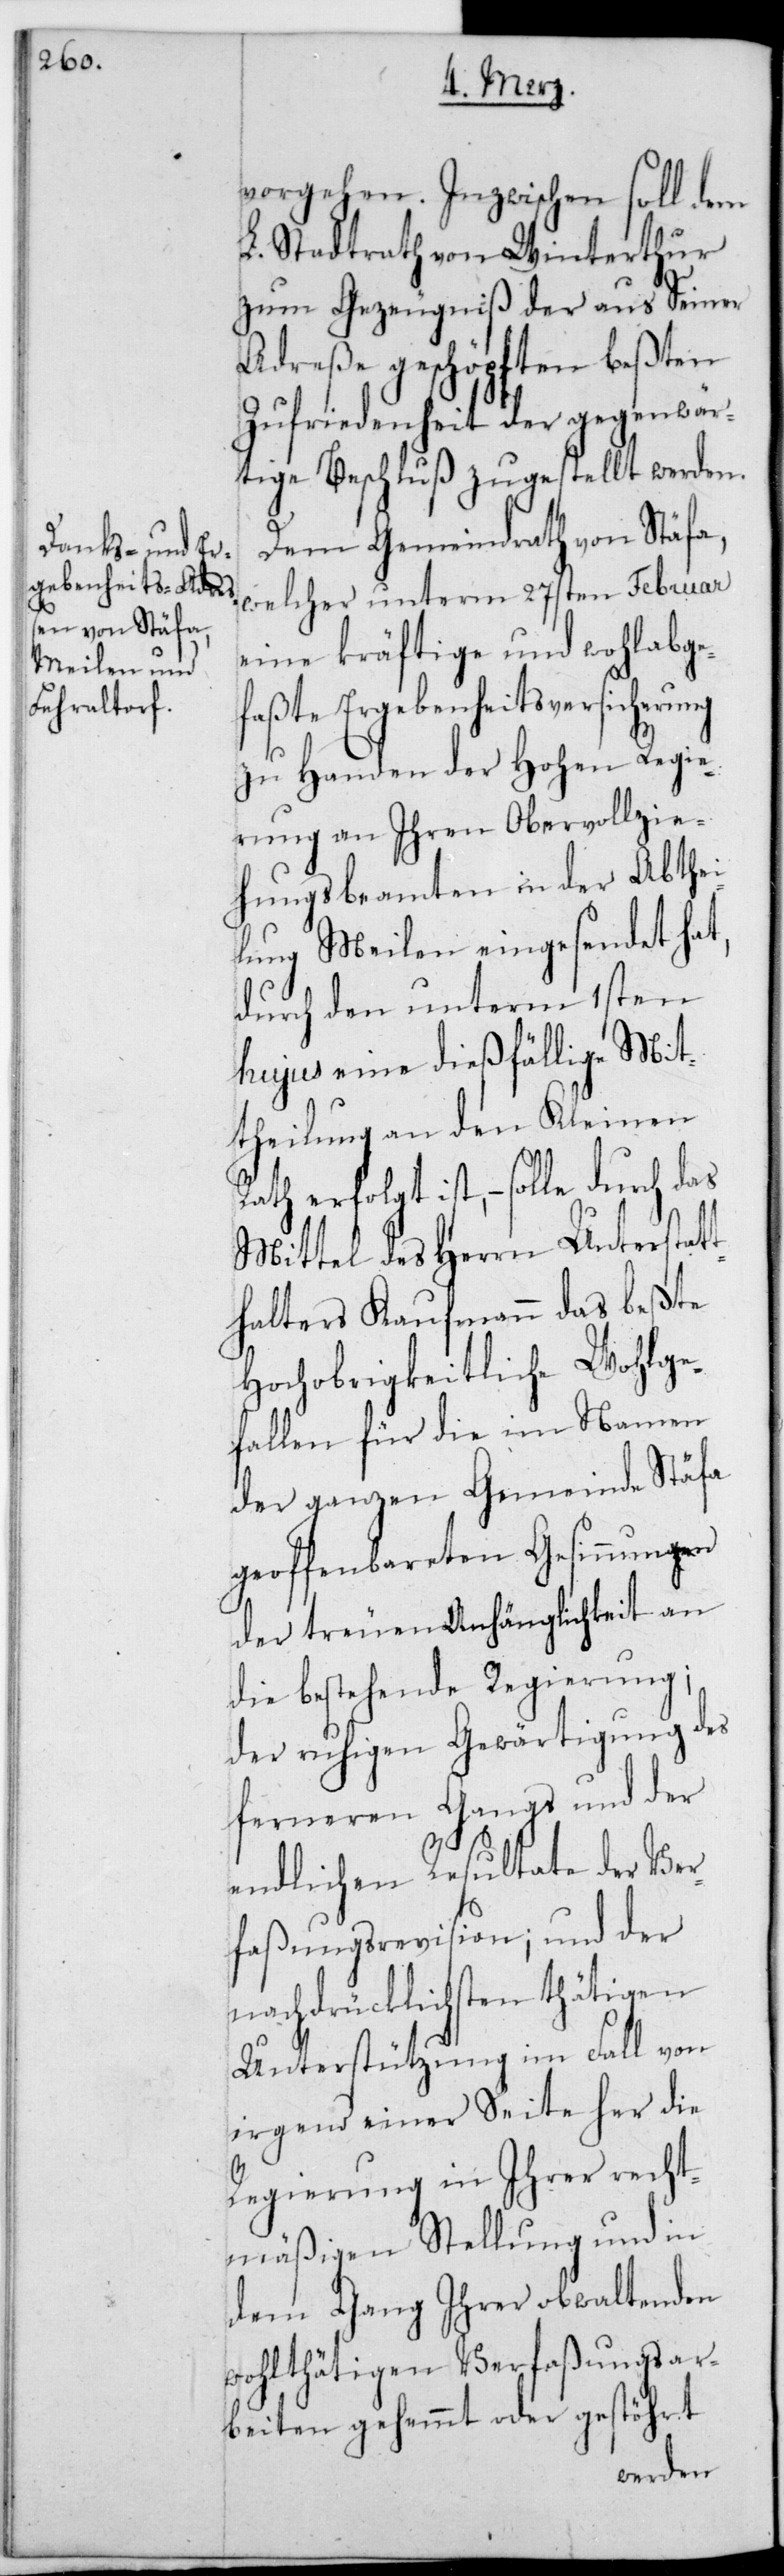
vorgehen. Inzwischen soll dem
L. Stadtrath von Winterthur
zum Gezeugniß der aus Seiner
Adreße geschöpften beßten
Zufriedenheit der gegenwär¬
tige Beschluß zugestellt werden.
Dem Gemeindrath von Stäfa,
welcher unterm 27sten Februar
eine kräftige und wohlabge¬
faßte Ergebenheits-Versicherung
zu Handen der Hohen Regie¬
rung an Ihren Obervollzie¬
hungsbeamten in der Abthei¬
lung Meilen eingesendet hat,
durch den unterm 1sten
hujus eine dießfällige Mit¬
theilung an den Kleinen
Mittel des Herrn Unterstatt¬
halters Kaufmann das beßte
Hochobrigkeitliche Wohlge¬
fallen für die im Namen
der ganzen Gemeinde Stäfa
geoffenbareten Gesinnungen
der treuen Anhänglichkeit an
die bestehende Regierung;
der ruhigen Gewärtigung des
ferneren Gangs und der
endlichen Resultate der Ver¬
faßungsrevision; und der
nachdrücklichsten thätigen
Unterstützung im Fall von
irgend einer Seite her die
Regierung in Ihrer recht¬
mäßigen Stellung und in
dem Gang Ihrer obwaltenden
wohltätigen Verfaßungsar¬
beiten gehemmt oder gestört